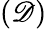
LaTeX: (\mathscr{D})